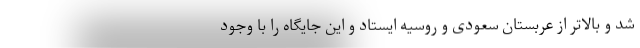
شد و بالاتر از عربستان سعودی و روسیه ایستاد و این جایگاه را با وجود